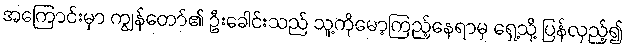
အကြောင်းမှာ ကျွန်တော်၏ ဦးခေါင်းသည် သူ့ကိုမော့ကြည့်နေရာမှ ရှေ့သို့ ပြန်လှည့်၍